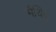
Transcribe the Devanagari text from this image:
मैथियू